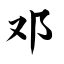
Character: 邓